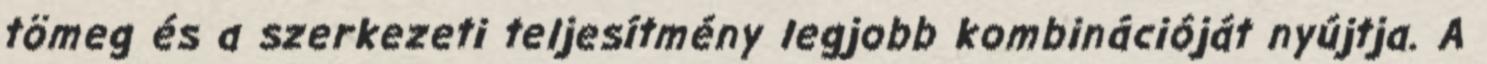
tömeg és a szerkezeti teljesítmény legjobb kombinációját nyújtja. A